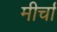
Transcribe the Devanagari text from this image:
मीर्चा